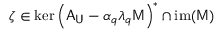
\zeta \in \mathrm { k e r } \left( \mathsf { A } _ { \mathsf { U } } - \alpha _ { q } \lambda _ { q } \mathsf { M } \right) ^ { * } \cap \mathrm { i m } ( \mathsf { M } )